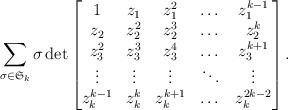
LaTeX: \begin{gather*}\sum_{\sigma\in \mathfrak{S}_{k}}{\sigma}\det\begin{bmatrix} 1&z_{1}&z_{1}^{2}&\dots&z_{1}^{k-1}\\ z_{2}&z_{2}^{2}&z_{2}^{3}&\dots&z_{2}^{k}\\ z_{3}^{2}&z_{3}^{3}&z_{3}^{4}&\dots&z_{3}^{k+1}\\\vdots&\vdots&\vdots&\ddots&\vdots\\ z_{k}^{k-1}&z_{k}^{k}&z_{k}^{k+1}&\dots&z_{k}^{2k-2}\end{bmatrix}.\end{gather*}